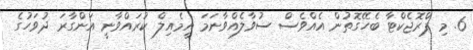
6. މި ޕްރޮޖެކްޓާ ބެހޭގޮތުން އެއްވެސް ސުވާލެއްވާނަމަ އީމެއިލް ކުރައްވާނީ އަންގާރަ ދުވަހުގެ